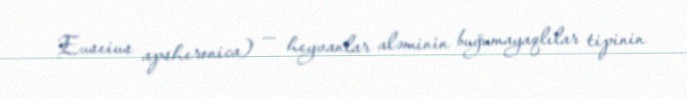
Euseius apsheronica) — heyvanlar aləminin buğumayaqlılar tipinin